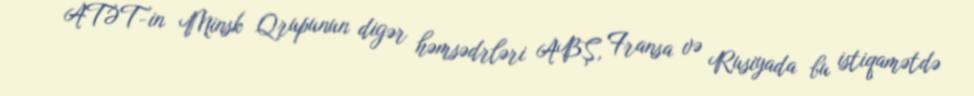
ATƏT-in Minsk Qrupunun digər həmsədrləri ABŞ, Fransa və Rusiyada bu istiqamətdə